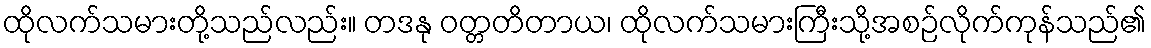
ထိုလက်သမားတို့သည်လည်း။ တဒနု ဝတ္တတိတာယ၊ ထိုလက်သမားကြီးသို့အစဉ်လိုက်ကုန်သည်၏